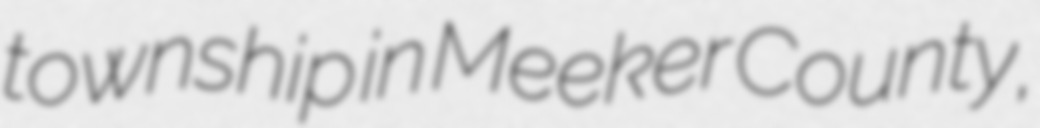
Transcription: township in Meeker County,